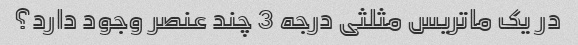
در یک ماتریس مثلثی درجه 3 چند عنصر وجود دارد؟